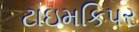
ટાઇમકિપર